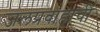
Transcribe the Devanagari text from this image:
जलप्रवाहाची